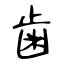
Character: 歯